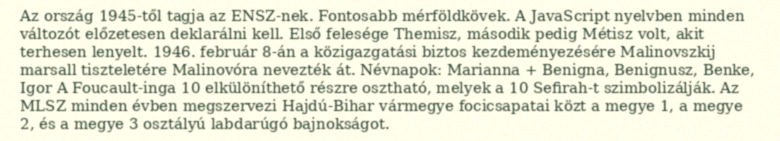
Az ország 1945-től tagja az ENSZ-nek. Fontosabb mérföldkövek. A JavaScript nyelvben minden változót előzetesen deklarálni kell. Első felesége Themisz, második pedig Métisz volt, akit terhesen lenyelt. 1946. február 8-án a közigazgatási biztos kezdeményezésére Malinovszkij marsall tiszteletére Malinovóra nevezték át. Névnapok: Marianna + Benigna, Benignusz, Benke, Igor A Foucault-inga 10 elkülöníthető részre osztható, melyek a 10 Sefirah-t szimbolizálják. Az MLSZ minden évben megszervezi Hajdú-Bihar vármegye focicsapatai közt a megye 1, a megye 2, és a megye 3 osztályú labdarúgó bajnokságot.